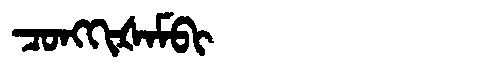
Manchu: ᠴᠣᠩᡴᡳᡧᠠᠮᠪᡳ
Romanization: CONGKIŠAMBI